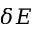
\delta E